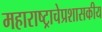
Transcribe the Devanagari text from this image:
महाराष्ट्राचेप्रशासकीय